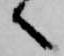
へ